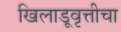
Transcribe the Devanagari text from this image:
खिलाडूवृत्तीचा